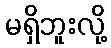
မရှိဘူးလို့